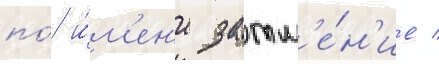
по́ и́м'ен'и затм'е́н'ие /